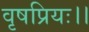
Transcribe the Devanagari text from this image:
वृषप्रियः।।